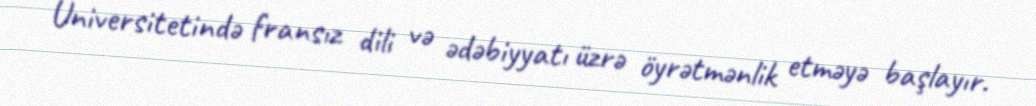
Universitetində fransız dili və ədəbiyyatı üzrə öyrətmənlik etməyə başlayır.